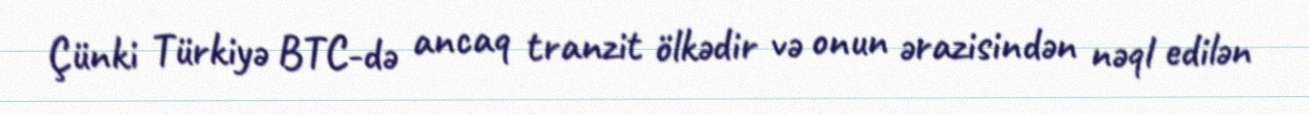
Çünki Türkiyə BTC-də ancaq tranzit ölkədir və onun ərazisindən nəql edilən